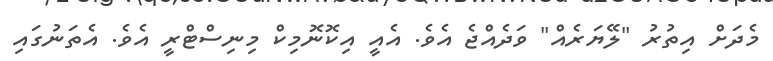
މެދަށް އިތުރު "ލޭޔަރެއް" ވަދެއްޖެ އެވެ. އެއީ އިކޮނޮމިކް މިނިސްޓްރީ އެވެ. އެތަނުގައި